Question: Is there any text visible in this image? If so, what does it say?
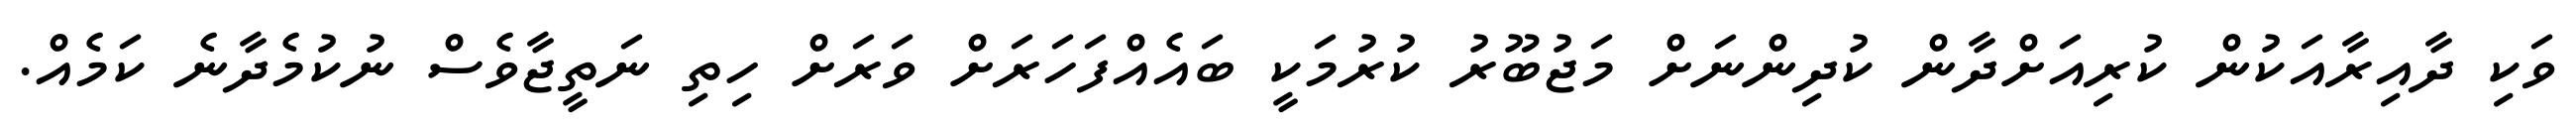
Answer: ވަކި ދާއިރާއަކުން ކުރިއަށްދާން ކުދިންނަށް މަޖުބޫރު ކުރުމަކީ ބައެއްފަހަރަށް ވަރަށް ހިތި ނަތީޖާވެސް ނުކުމެދާނެ ކަމެއް.